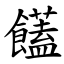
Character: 饚